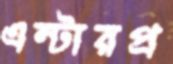
এন্টারপ্র